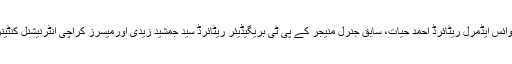
نیب کے ایگزیکٹو بورڈ اجلاس نے سابق چیئرمین کراچی پورٹ ٹرسٹ وائس ایڈمرل ریٹائرڈ احمد حیات، سابق جنرل منیجر کے پی ٹی بریگیڈیئر ریٹائرڈ سید جمشید زیدی اورمیسرز کراچی انٹرنیشنل کنٹینرز ٹرمینل کے خلا ف بدعنوانی کاریفرنس دائر کرنے کی منظوری دی۔